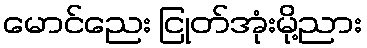
မောင်ညေး ငြုတ်အုံးမို့ညား